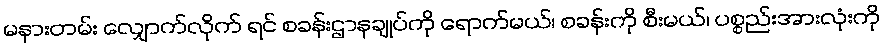
မနားတမ်း လျှောက်လိုက် ရင် စခန်းဌာနချုပ်ကို ရောက်မယ်၊ စခန်းကို စီးမယ်၊ ပစ္စည်းအားလုံးကို